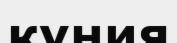
күния